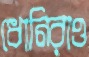
ধোনিরাও